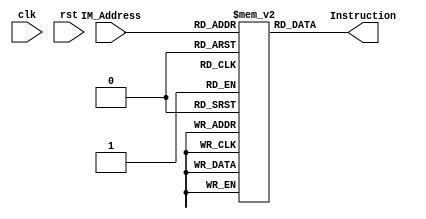
// Instruction Memory

module IM (	clk,
			rst,
			IM_Address,
			Instruction);

	parameter bit_size = 32;
	parameter mem_size = 16;

	input  clk, rst;
	input  [mem_size-1:0] IM_Address;
	
	output [bit_size-1:0] Instruction;
	
	reg [bit_size-1:0] IM_data [0:( 2**mem_size-1 )];	
	
	assign Instruction = IM_data[IM_Address];
	
endmodule